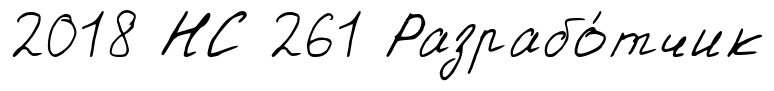
2018 НС 261 Разрабо́тчик